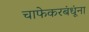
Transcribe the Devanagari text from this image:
चाफेकरबंधूंना